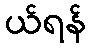
ယ်ရန်